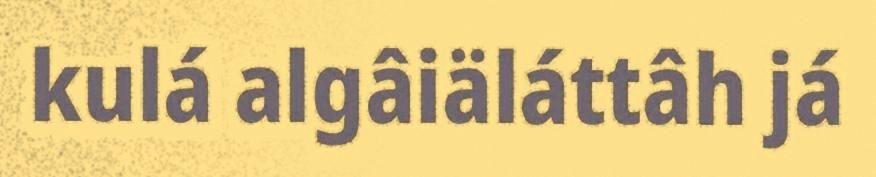
kulá algâiäláttâh já